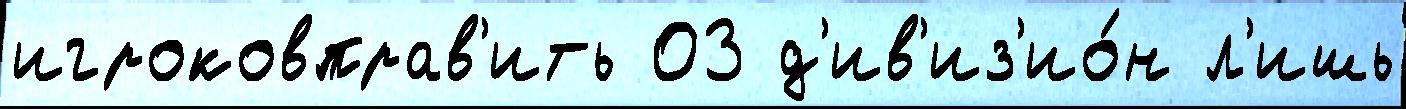
игроковправ'ить 03 д'ив'из'ио́н л'ишь